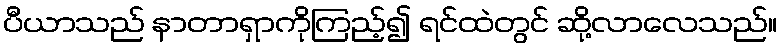
ပီယာသည် နာတာရှာကိုကြည့်၍ ရင်ထဲတွင် ဆို့လာလေသည်။